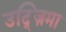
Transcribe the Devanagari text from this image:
उद्ज़िमा